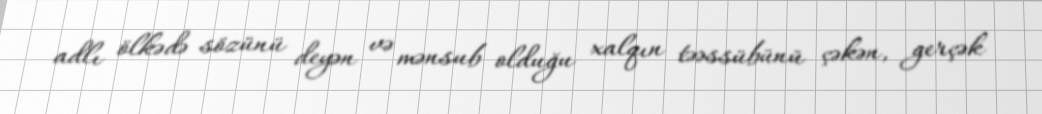
adlı ölkədə sözünü deyən və mənsub olduğu xalqın təəssübünü çəkən, gerçək